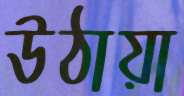
উঠায়া